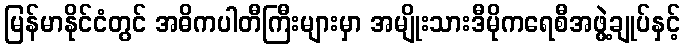
မြန်မာနိုင်ငံတွင် အဓိကပါတီကြီးများမှာ အမျိုးသားဒီမိုကရေစီအဖွဲ့ချုပ်နှင့်